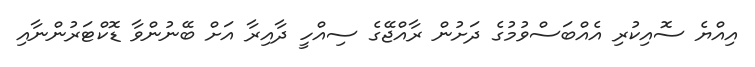
އިއްޔެ ސޮއިކުރި އެއްބަސްވުމުގެ ދަށުން ރާއްޖޭގެ ސިއްހީ ދާއިރާ އަށް ބޭނުންވާ ޑޮކްޓަރުންނާއި